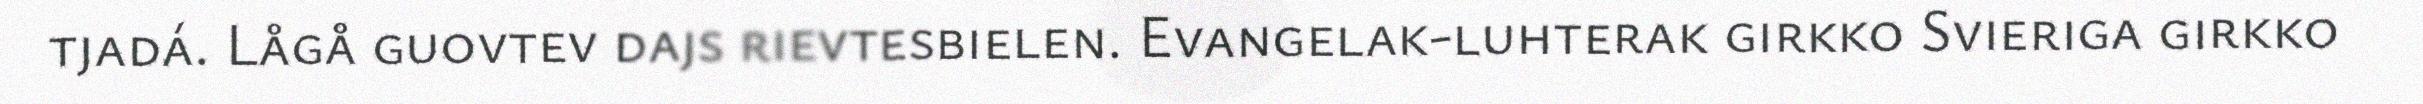
tjadá. Lågå guovtev dajs rievtesbielen. Evangelak-luhterak girkko Svieriga girkko